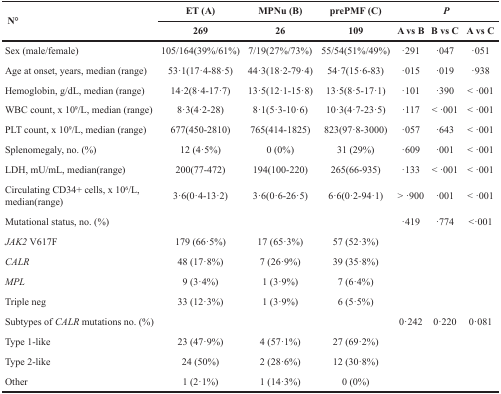
<table><thead><tr><td rowspan="2"><b>N°</b></td><td><b>ET (A)</b></td><td><b>MPNu (B)</b></td><td><b>prePMF (C)</b></td><td colspan="3"><b><i>P</i></b></td></tr><tr><td><b>269</b></td><td><b>26</b></td><td><b>109</b></td><td><b>A vs B</b></td><td><b>B vs C</b></td><td><b>A vs C</b></td></tr></thead><tbody><tr><td>Sex (male/female)</td><td>105/164(39%/61%)</td><td>7/19(27%/73%)</td><td>55/54(51%/49%)</td><td>·291</td><td>·047</td><td>·051</td></tr><tr><td>Age at onset, years, median (range)</td><td>53·1(17·4-88·5)</td><td>44·3(18·2-79·4)</td><td>54·7(15·6-83)</td><td>·015</td><td>·019</td><td>·938</td></tr><tr><td>Hemoglobin, g/dL, median (range)</td><td>14·2(8·4-17·7)</td><td>13·5(12·1-15·8)</td><td>13·5(8·5-17·1)</td><td>·101</td><td>·390</td><td>&lt; ·001</td></tr><tr><td>WBC count, x 10<sup>9</sup>/L, median (range)</td><td>8·3(4·2-28)</td><td>8·1(5·3-10·6)</td><td>10·3(4·7-23·5)</td><td>·117</td><td>&lt; ·001</td><td>&lt; ·001</td></tr><tr><td>PLT count, x 10<sup>9</sup>/L, median (range)</td><td>677(450-2810)</td><td>765(414-1825)</td><td>823(97·8-3000)</td><td>·057</td><td>·643</td><td>&lt; ·001</td></tr><tr><td>Splenomegaly, no. (%)</td><td>12 (4·5%)</td><td>0 (0%)</td><td>31 (29%)</td><td>·609</td><td>·001</td><td>&lt; ·001</td></tr><tr><td>LDH, mU/mL, median(range)</td><td>200(77-472)</td><td>194(100-220)</td><td>265(66-935)</td><td>·133</td><td>&lt; ·001</td><td>&lt; ·001</td></tr><tr><td>Circulating CD34+ cells, x 10<sup>6</sup>/L, median(range)</td><td>3·6(0·4-13·2)</td><td>3·6(0·6-26·5)</td><td>6·6(0·2-94·1)</td><td>&gt; ·900</td><td>·001</td><td>&lt; ·001</td></tr><tr><td>Mutational status, no. (%)</td><td></td><td></td><td></td><td>·419</td><td>·774</td><td>&lt;·001</td></tr><tr><td><i>JAK2</i> V617F</td><td>179 (66·5%)</td><td>17 (65·3%)</td><td>57 (52·3%)</td><td></td><td></td><td></td></tr><tr><td><i>CALR</i></td><td>48 (17·8%)</td><td>7 (26·9%)</td><td>39 (35·8%)</td><td></td><td></td><td></td></tr><tr><td><i>MPL</i></td><td>9 (3·4%)</td><td>1 (3·9%)</td><td>7 (6·4%)</td><td></td><td></td><td></td></tr><tr><td>Triple neg</td><td>33 (12·3%)</td><td>1 (3·9%)</td><td>6 (5·5%)</td><td></td><td></td><td></td></tr><tr><td>Subtypes of <i>CALR</i> mutations no. (%)</td><td></td><td></td><td></td><td>0·242</td><td>0·220</td><td>0·081</td></tr><tr><td>Type 1-like</td><td>23 (47·9%)</td><td>4 (57·1%)</td><td>27 (69·2%)</td><td></td><td></td><td></td></tr><tr><td>Type 2-like</td><td>24 (50%)</td><td>2 (28·6%)</td><td>12 (30·8%)</td><td></td><td></td><td></td></tr><tr><td>Other</td><td>1 (2·1%)</td><td>1 (14·3%)</td><td>0 (0%)</td><td></td><td></td><td></td></tr></tbody></table>